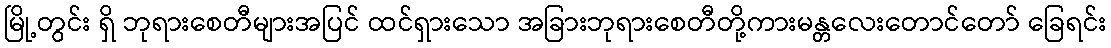
မြို့တွင်း ရှိ ဘုရားစေတီများအပြင် ထင်ရှားသော အခြားဘုရားစေတီတို့ကားမန္တလေးတောင်တော် ခြေရင်း